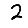
Digit: 2